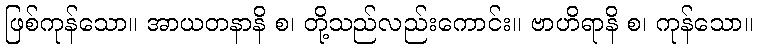
ဖြစ်ကုန်သော။ အာယတနာနိ စ၊ တို့သည်လည်းကောင်း။ ဗာဟိရာနိ စ၊ ကုန်သော။